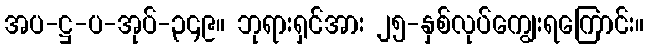
အပ-ဋ္ဌ-ပ-အုပ်-၃၄၉။ ဘုရားရှင်အား ၂၅-နှစ်လုပ်ကျွေးရကြောင်း။